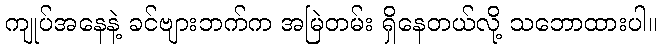
ကျုပ်အနေနဲ့ ခင်ဗျားဘက်က အမြဲတမ်း ရှိနေတယ်လို့ သဘောထားပါ။